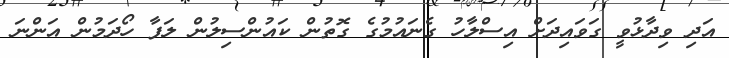
އަދި ވިދާޅުވީ ގަވައިދަށް އިސްލާހު ގެނައުމުގެ ގޮތުން ކައުންސިލުން ލަފާ ހޯދަމުން އަންނަ